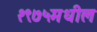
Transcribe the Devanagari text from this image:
१९७५मधील